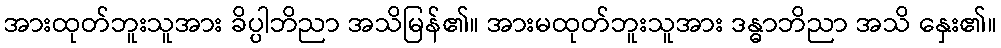
အားထုတ်ဘူးသူအား ခိပ္ပါဘိညာ အသိမြန်၏။ အားမထုတ်ဘူးသူအား ဒန္ဓာဘိညာ အသိ နှေး၏။